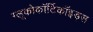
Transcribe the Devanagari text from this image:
ग्लूकोकॉर्टिकॉइड्स